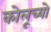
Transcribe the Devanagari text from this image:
कोलूच्यो